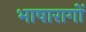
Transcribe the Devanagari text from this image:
भाषारागों